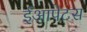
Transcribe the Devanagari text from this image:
ईआपेटस